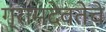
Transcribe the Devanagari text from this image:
ग्रामदेवतेचे